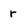
Character: r